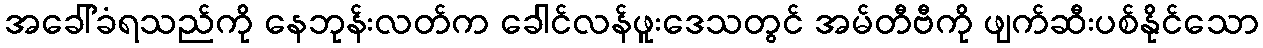
အခေါ်ခံရသည်ကို နေဘုန်းလတ်က ခေါင်လန်ဖူးဒေသတွင် အမ်တီဗီကို ဖျက်ဆီးပစ်နိုင်သော